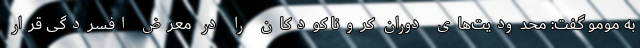
به مومو گفت: محدودیت‌های دوران کرونا کودکان را در معرض افسردگی قرار